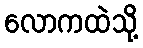
လောကထဲသို့